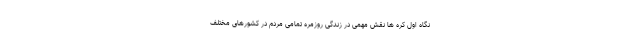
نگاه اول کره ها نقش مهمی در زندگی روزمره تمامی مردم در کشورهای مختلف